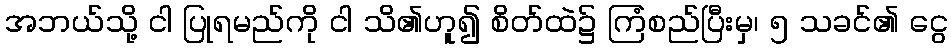
အဘယ်သို့ ငါ ပြုရမည်ကို ငါ သိ၏ဟူ၍ စိတ်ထဲ၌ ကြံစည်ပြီးမှ၊ ၅ သခင်၏ ငွေ